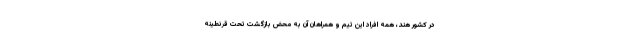
در کشور هند، همه افراد این تیم و همراهان آن به محض بازگشت تحت قرنطینه